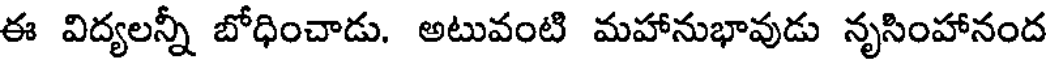
ఈ విద్యలన్నీ బోధించాడు. అటువంటి మహానుభావుడు నృసింహానంద